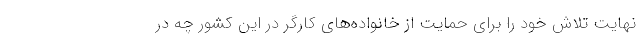
نهایت تلاش خود را برای حمایت از خانواده‌های کارگر در این کشور چه در